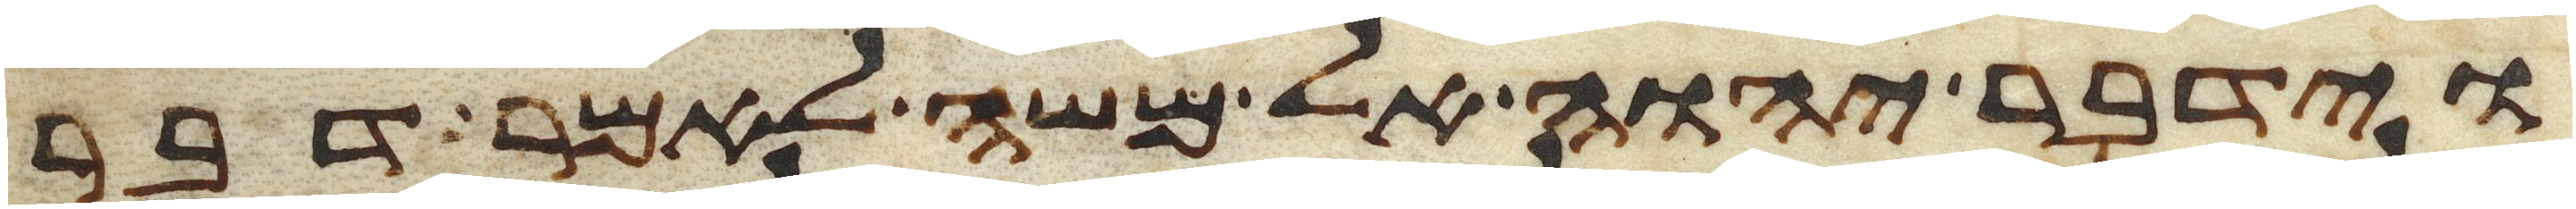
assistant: וידבר יהוה אל משה לאמר דבר